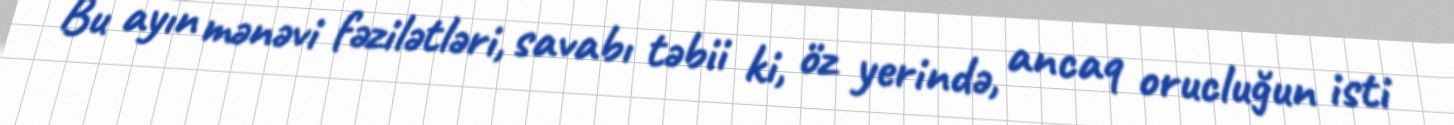
Bu ayın mənəvi fəzilətləri, savabı təbii ki, öz yerində, ancaq orucluğun isti